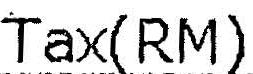
TAX(RM)